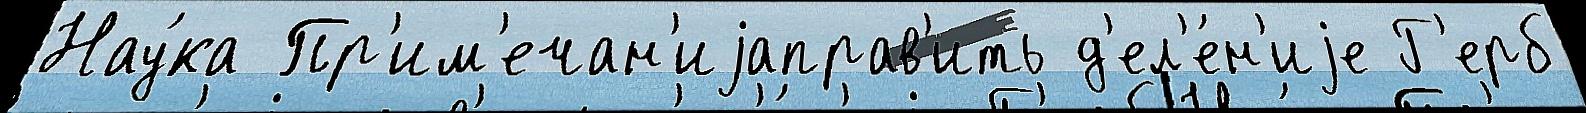
Нау́ка Пр'им'ечан'иjаправ'ить д'ел'е́н'иjе Г'ерб